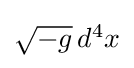
{\textstyle {\sqrt {-g}}\,d^{4}x}